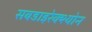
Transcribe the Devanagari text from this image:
सबडाइरेक्श्योन